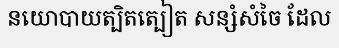
នយោបាយត្បិតត្បៀត សន្សំសំចៃ ដែល